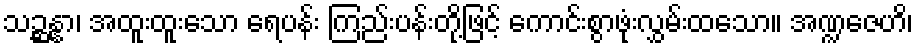
သဉ္ဆန္နာ၊ အထူးထူးသော ရေပန်း ကြည်းပန်းတို့ဖြင့် ကောင်းစွာဖုံးလွှမ်းထသော။ အဏ္ဍဇေဟိ၊